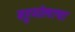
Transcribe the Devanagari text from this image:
बहुमोलाचा